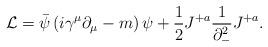
LaTeX: \begin{align*}{\cal L}=\bar \psi\left(i\gamma^{\mu}\partial_{\mu}-m\right)\psi+{1 \over 2}J^{+a}{1 \over \partial_-^2} J^{+a} .\end{align*}